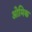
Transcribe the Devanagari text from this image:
ओमिक